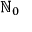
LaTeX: \mathbb { N } _ { 0 }